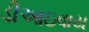
ડીઆઇવાય